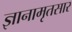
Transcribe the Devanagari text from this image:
ज्ञानामृतसार